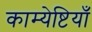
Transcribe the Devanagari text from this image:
काम्येष्टियाँ